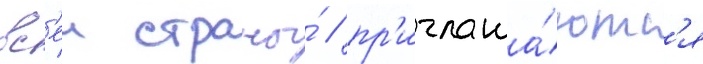
вс'еи страны́ / пр'иглаша́ютс'я